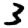
Digit: 3